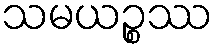
သမယဉ္စဿ